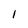
Character: I